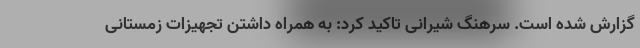
گزارش شده است. سرهنگ شیرانی تاکید کرد: به همراه داشتن تجهیزات زمستانی